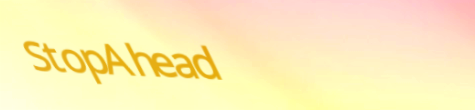
StopAhead